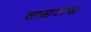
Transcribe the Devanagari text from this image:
साम्राटाचा